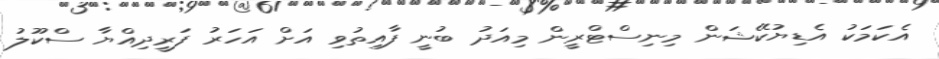
އެކަމަކު އެޑިޔުކޭޝަން މިނިސްޓްރީން މިއަދު ބުނީ ފާއިތުވި އަށް އަހަރު ފަރީދިއްޔާ ސްކޫލު